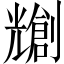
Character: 𫤤